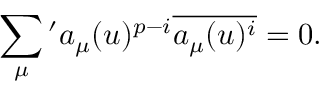
\sum _ { \mu } { } ^ { \prime } a _ { \mu } ( u ) ^ { p - i } \overline { { { a _ { \mu } ( u ) ^ { i } } } } = 0 .